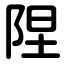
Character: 陧